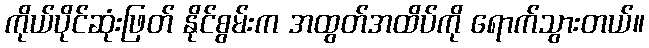
ကိုယ်ပိုင်ဆုံးဖြတ် နိုင်စွမ်းက အထွတ်အထိပ်ကို ရောက်သွားတယ်။